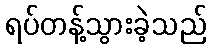
ရပ်တန့်သွားခဲ့သည်